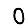
Digit: 0